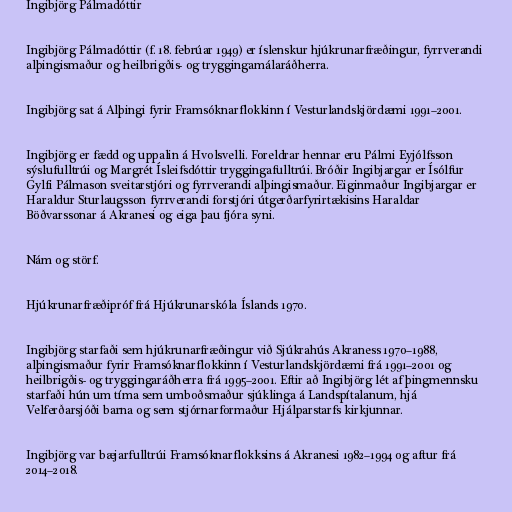
Ingibjörg Pálmadóttir

Ingibjörg Pálmadóttir (f. 18. febrúar 1949) er íslenskur hjúkrunarfræðingur, fyrrverandi
alþingismaður og heilbrigðis- og tryggingamálaráðherra.

Ingibjörg sat á Alþingi fyrir Framsóknarflokkinn í Vesturlandskjördæmi 1991–2001.

Ingibjörg er fædd og uppalin á Hvolsvelli. Foreldrar hennar eru Pálmi Eyjólfsson
sýslufulltrúi og Margrét Ísleifsdóttir tryggingafulltrúi. Bróðir Ingibjargar er Ísólfur
Gylfi Pálmason sveitarstjóri og fyrrverandi alþingismaður. Eiginmaður Ingibjargar er
Haraldur Sturlaugsson fyrrverandi forstjóri útgerðarfyrirtækisins Haraldar
Böðvarssonar á Akranesi og eiga þau fjóra syni.

Nám og störf.

Hjúkrunarfræðipróf frá Hjúkrunarskóla Íslands 1970.

Ingibjörg starfaði sem hjúkrunarfræðingur við Sjúkrahús Akraness 1970–1988,
alþingismaður fyrir Framsóknarflokkinn í Vesturlandskjördæmi frá 1991–2001 og
heilbrigðis- og tryggingaráðherra frá 1995–2001. Eftir að Ingibjörg lét af þingmennsku
starfaði hún um tíma sem umboðsmaður sjúklinga á Landspítalanum, hjá
Velferðarsjóði barna og sem stjórnarformaður Hjálparstarfs kirkjunnar.

Ingibjörg var bæjarfulltrúi Framsóknarflokksins á Akranesi 1982–1994 og aftur frá
2014–2018.